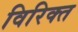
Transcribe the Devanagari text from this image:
विरिक्त